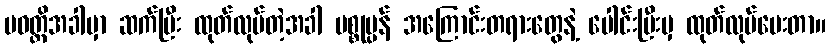
ပဝတ္တိအခါမှာ ဆက်ပြီး ထုတ်လုပ်တဲ့အခါ ပစ္စုပ္ပန် အကြောင်းတရားတွေနဲ့ ပေါင်းပြီးမှ ထုတ်လုပ်ပေးတာ။